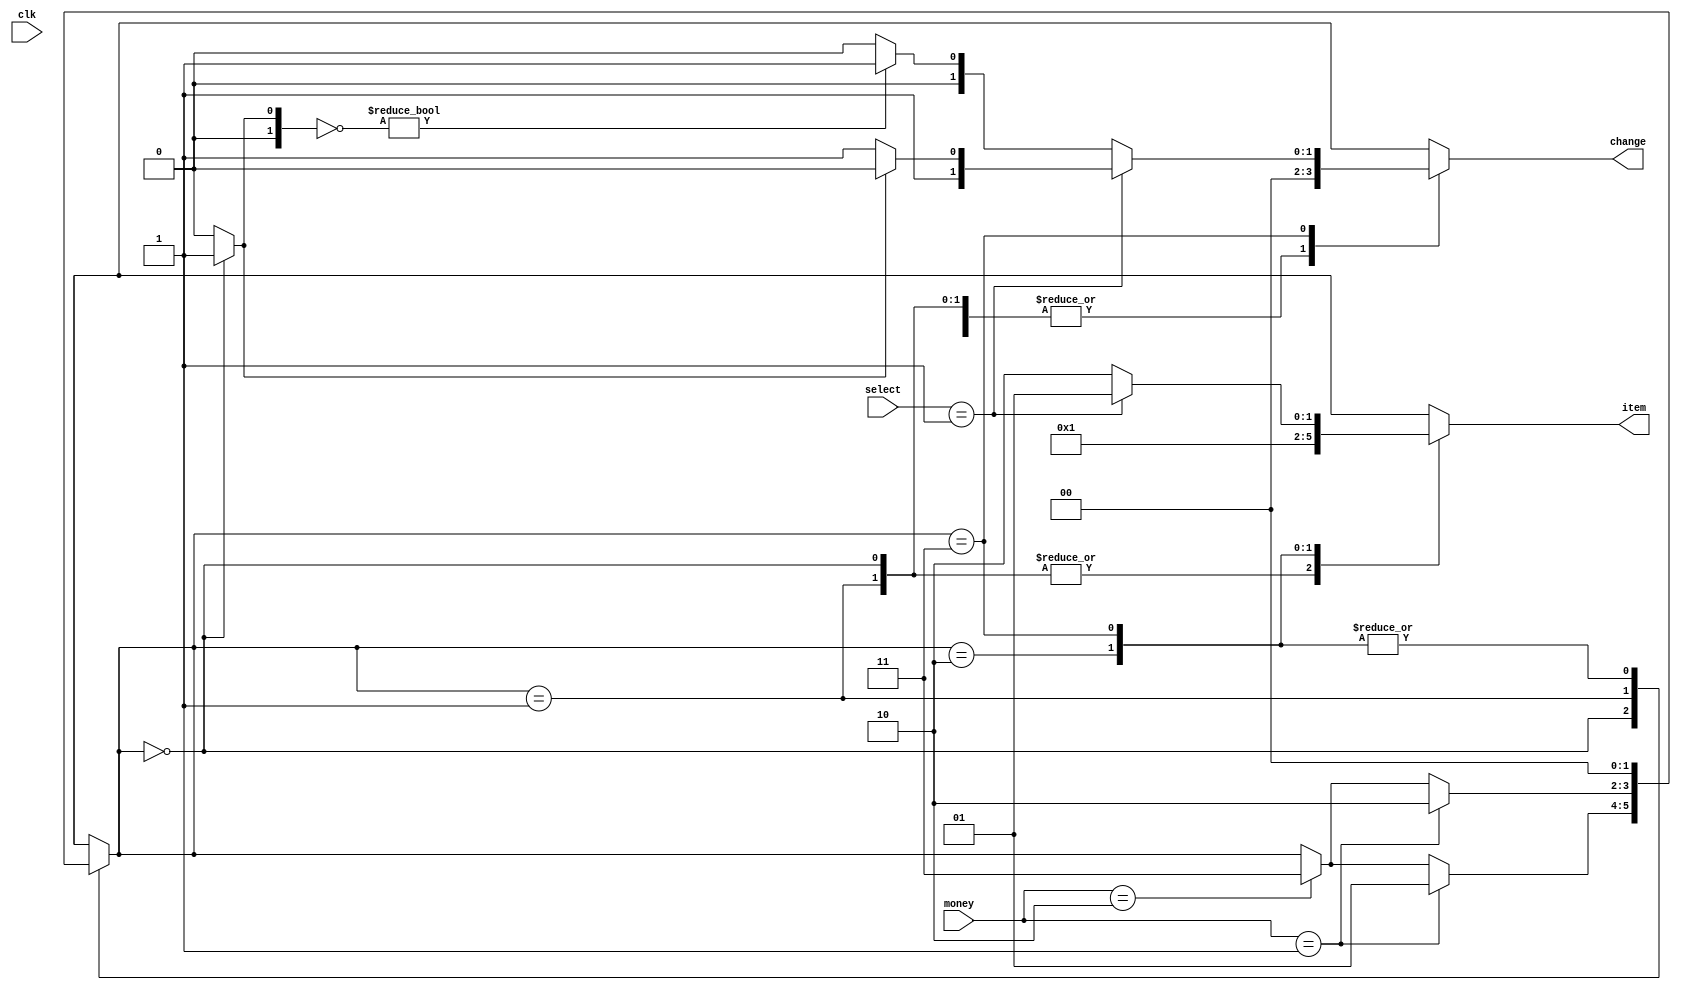

/*
@input
	clk
		state is checked every clk change
	money
		0, 3: no money paid
		1:    20 dollars
		2:    50 dollars
	select:
		0, 3: no selection
		1:    20 dollars item
		2:    50 dollars item
@output
	item
		0: 20 dollars item
		1: 50 dollars item
	change
		0: no change
		1: 10 dollars back
		2: 30 dollars back
		3: 40 dollars back
*/
module vending_machine(clk, money, select, item, change);
	input wire clk;
	input wire[1:0] money, select;
	output reg[1:0] item, change;
	
	// money kinds
	localparam[1:0]
		ten = 2'b01, 
		fifty = 2'b10;
		
	// select kinds
	localparam[1:0]
		no_selection = 2'b00,
		get_twenty = 2'b01,
		get_fifty = 2'b10;
	
	// item kinds
	localparam[1:0]
		no_item = 2'b00,
		item_twenty = 2'b01, 
		item_fifty = 2'b10;
		
	// change kinds
	localparam[1:0]
		no_change = 2'b00,
		ten_back = 2'b01,
		thirty_back = 2'b10,
		forty_back = 2'b11;
	
	// states
	localparam[1:0] 
		start = 2'b00, 
		not_enough = 2'b01, 
		buy_twenty = 2'b10, 
		buy_all = 2'b11;
		
	reg[1:0]
		state = start, 
		next_state = start;
	
	reg[1:0]
		// this is flag, 1'b0 means not from start
		// needed to decide change
		come_from_start;

	always @(clk)
	begin
		if (state == start)
			come_from_start <= 1'b1;
		else
			come_from_start <= 1'b0;
		state <= next_state;
	end
		
	always @(state, money, select)
	begin
		next_state = state;
		item = no_item;
		change = no_change;
		// if the requirements aren't met, state still like a cycle
		
		case (state)
			start:
				if (money == ten)
					next_state = not_enough;
				else if (money == fifty)
					next_state = buy_all;
			
			not_enough:
				if (money == ten)
					next_state = buy_twenty;
				else if (money == fifty)
					next_state = buy_all;
		
			buy_twenty:
			begin
				item = item_twenty;
				next_state = start;
			end
			
			buy_all:
			// Special part is that if the buy_all state comes from start,
			// change should be 50 - select;
			// if from not_enough,
			// change should be 60 - select.
			begin
				next_state = start;
				if (select == get_twenty)
				begin
					item = item_twenty;
					if (come_from_start)
						change = thirty_back;
					else
						change = forty_back;
				end
				else
				begin
					item = item_fifty;
					if (~come_from_start)
						change = ten_back;
				end
			end
			
		endcase
	
	end
	

endmodule